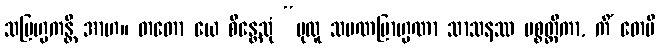
သဗြဟ္မကန္တိ အာဟ။ တတော ယေ စိန္တေသုံ “ပုထူ သမဏဗြာဟ္မဏာ သာသနဿ ပစ္စတ္ထိကာ, ကိံ တေပိ